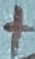
Text: +